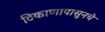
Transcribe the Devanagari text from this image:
ठिकाणापासुनचे